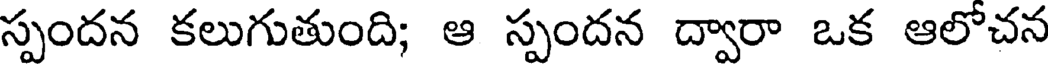
స్పందన కలుగుతుంది; ఆ స్పందన ద్వారా ఒక ఆలోచన